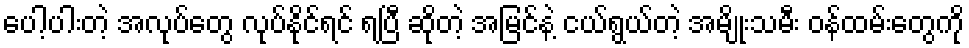
ပေါ့ပါးတဲ့ အလုပ်တွေ လုပ်နိုင်ရင် ရပြီ ဆိုတဲ့ အမြင်နဲ့ ငယ်ရွယ်တဲ့ အမျိုးသမီး ဝန်ထမ်းတွေကို